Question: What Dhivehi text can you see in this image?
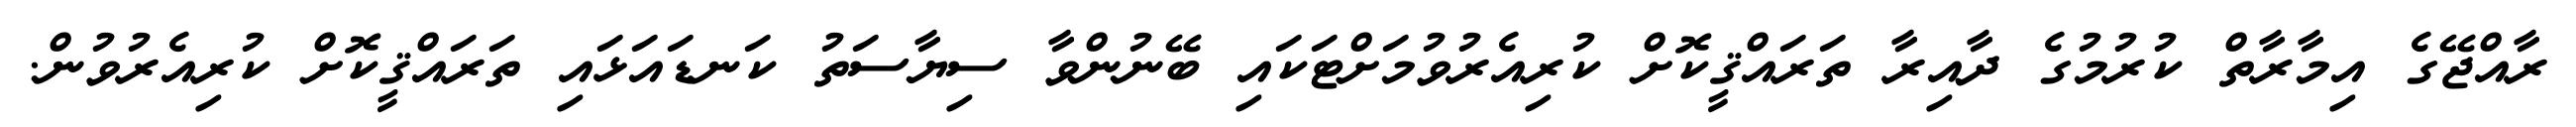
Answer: ރާއްޖޭގެ އިމާރާތް ކުރުމުގެ ދާއިރާ ތަރައްޤީކޮށް ކުރިއެރުވުމަށްޓަކައި ބޭނުންވާ ސިޔާސަތު ކަނޑައަޅައި ތަރައްޤީކޮށް ކުރިއެރުވުން.